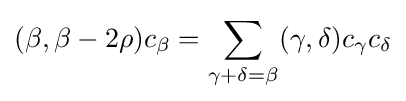
(\beta ,\beta -2\rho )c_{\beta }=\sum _{\gamma +\delta =\beta }(\gamma ,\delta )c_{\gamma }c_{\delta }